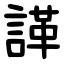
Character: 諽